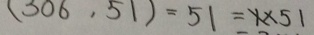
( 3 0 6 , 5 1 ) = 5 1 = 1 \times 5 1